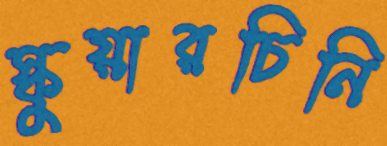
স্কুয়ারচিনি